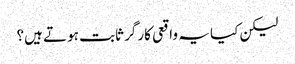
لیکن کیا یہ واقعی کارگر ثابت ہوتے ہیں؟